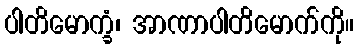
ပါတိမောက္ခံ၊ အာဏာပါတိမောက်ကို။